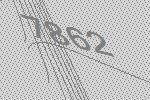
7862